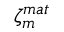
\zeta _ { m } ^ { m a t }